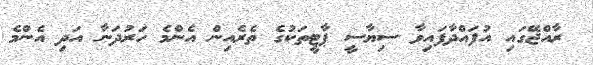
ރާއްޖޭގައި އުފައްދާފައިވާ ސިޔާސީ ޕާޓީތަކުގެ ތެރެއިން އެންމެ ހަރުދަނާ އަދި އެންމެ